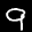
Label: 9